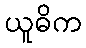
ယူဓိက